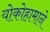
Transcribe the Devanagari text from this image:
योकोहामाने